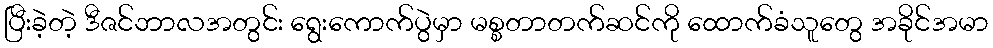
ပြီးခဲ့တဲ့ ဒီဇင်ဘာလအတွင်း ရွေးကောက်ပွဲမှာ မစ္စတာတက်ဆင်ကို ထောက်ခံသူတွေ အခိုင်အမာ